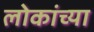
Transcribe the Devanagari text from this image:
लोकांच्‍या